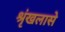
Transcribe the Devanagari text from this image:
श्रृंखलासे